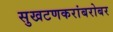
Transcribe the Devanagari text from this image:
सुखटणकरांबरोबर